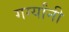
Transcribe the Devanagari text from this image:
गर्ग्यांनी